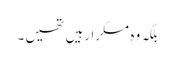
بلکہ وہ مسکرا رہیں تھیں ۔